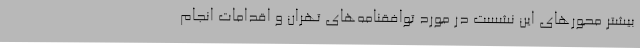
بیشتر محورهای این نشست در مورد توافقنامه‌های تهران و اقدامات انجام